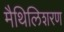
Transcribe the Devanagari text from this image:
मैथिलिशरण